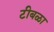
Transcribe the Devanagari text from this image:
टीबळा